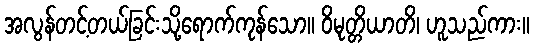
အလွန်တင့်တယ်ခြင်းသို့ရောက်ကုန်သော။ ဝိမုတ္တိယာတိ၊ ဟူသည်ကား။